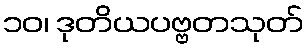
၁၀၊ ဒုတိယပဗ္ဗတသုတ်